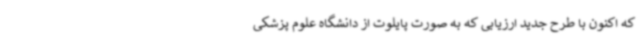
که اکنون با طرح جدید ارزیابی که به صورت پایلوت از دانشگاه علوم پزشکی